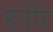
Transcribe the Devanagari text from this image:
रूपि